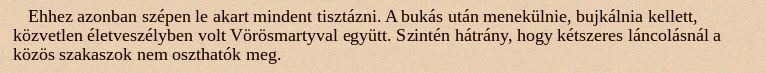
Ehhez azonban szépen le akart mindent tisztázni. A bukás után menekülnie, bujkálnia kellett, közvetlen életveszélyben volt Vörösmartyval együtt. Szintén hátrány, hogy kétszeres láncolásnál a közös szakaszok nem oszthatók meg.